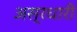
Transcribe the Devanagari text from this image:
अस्रधारी